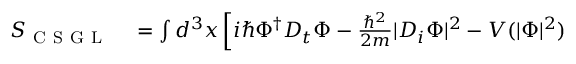
\begin{array} { r l } { S _ { \mathrm { ~ C ~ S ~ G ~ L ~ } } } & { { } = \int d ^ { 3 } x \left[ i \hbar \Phi ^ { \dagger } D _ { t } \Phi - \frac { \hbar ^ { 2 } } { 2 m } | D _ { i } \Phi | ^ { 2 } - V ( | \Phi | ^ { 2 } ) \right. } \end{array}